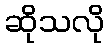
ဆိုသလို